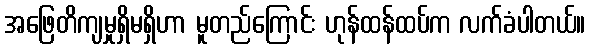
အဖြေတိကျမှုရှိမရှိဟာ မူတည်ကြောင်း ဟုန်ထန်ထပ်က လက်ခံပါတယ်။